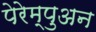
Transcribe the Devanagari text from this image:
पेरेम्पुअन